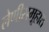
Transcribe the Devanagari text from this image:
लेणीसमूहात